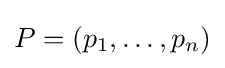
P=(p_{1},\dots ,p_{n})